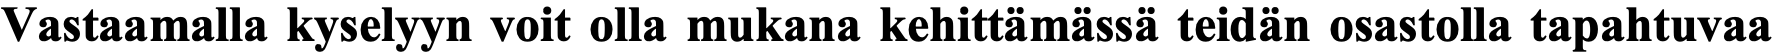
Vastaamalla kyselyyn voit olla mukana kehittämässä teidän osastolla tapahtuvaa